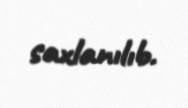
saxlanılıb.